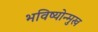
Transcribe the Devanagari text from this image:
भविष्योन्मुख